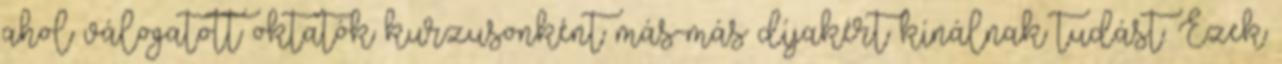
ahol válogatott oktatók kurzusonként más-más díjakért kínálnak tudást. Ezek